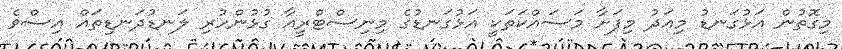
މިގޮތުން އަޅުގަނޑު މިއަދު މިފަށާ މަސައްކަތަކީ އަޅުގަނޑުގެ މިނިސްޓްރީއާ ގުޅުންހުރި ލަނޑުދަނޑިތައް އިސްވެ